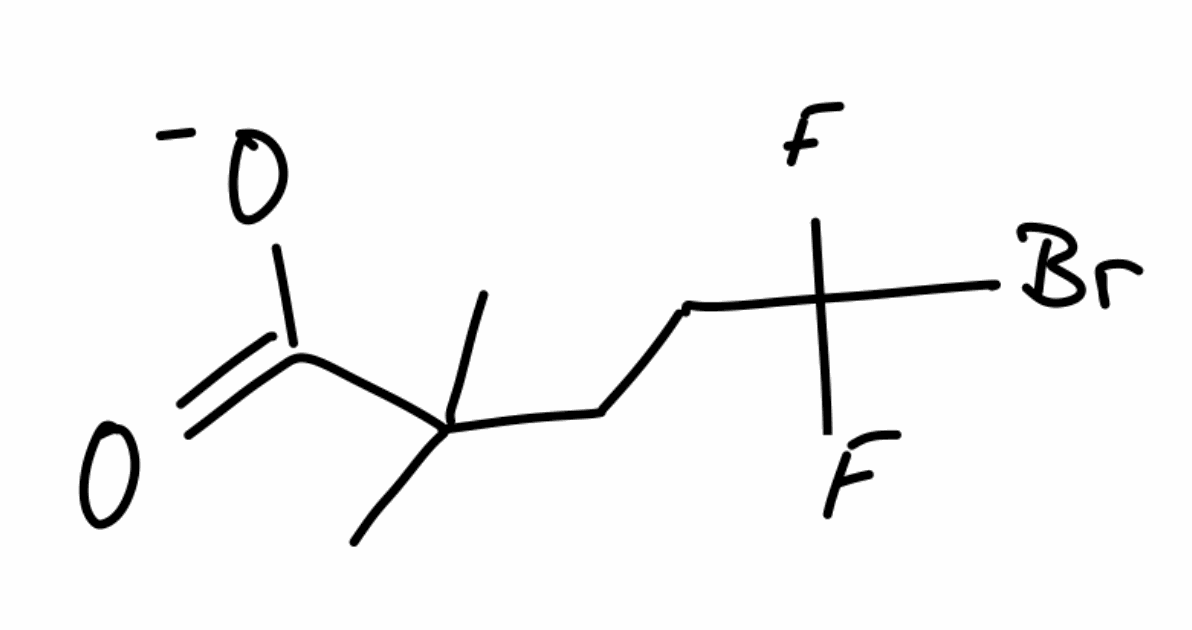
Simplified molecular-input line-entry system (SMILES) notation of the given molecule:
CC(C)(CCC(F)(F)Br)C(=O)[O-]